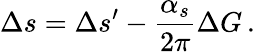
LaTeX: \Delta s=\Delta s^{\prime}-\frac{\alpha_{s}}{2\pi}\Delta G\, .